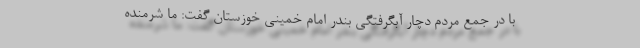
‌با در جمع مردم دچار آبگرفتگی بندر امام خمینی خوزستان گفت: ما شرمنده